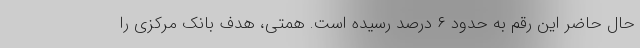
حال حاضر این رقم به حدود ۶ درصد رسیده است. همتی، هدف بانک مرکزی را